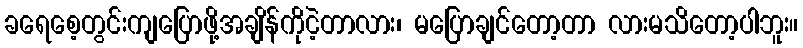
ခရေစေ့တွင်းကျပြောဖို့အချိန်ကိုငဲ့တာလား၊ မပြောချင်တော့တာ လားမသိတော့ပါဘူး။